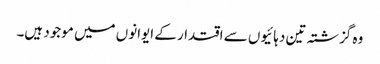
وہ گزشتہ تین دہائیوں سے اقتدار کے ایوانوں میں موجود ہیں۔